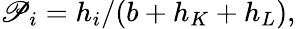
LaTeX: \mathscr{P}_{i}=h_{i}/(b+h_{K}+h_{L}),